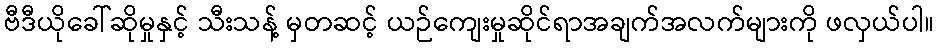
ဗီဒီယိုခေါ်ဆိုမှုနှင့် သီးသန့် မှတဆင့် ယဉ်ကျေးမှုဆိုင်ရာအချက်အလက်များကို ဖလှယ်ပါ။